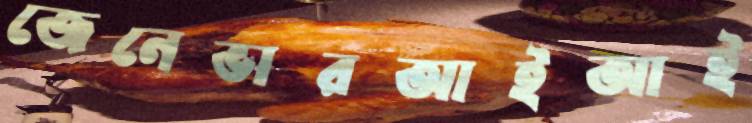
জেনেভারআইআই